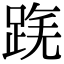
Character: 𨂟